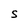
Character: S